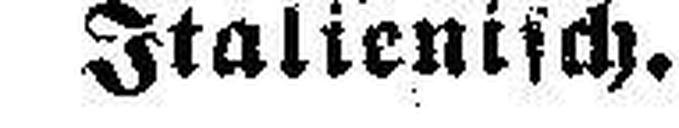
Italienisch.